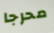
محرجا